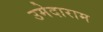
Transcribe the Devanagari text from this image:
उमेदाराम